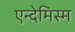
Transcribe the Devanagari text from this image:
एन्देमिस्म